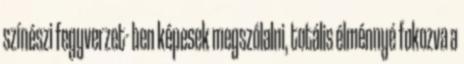
színészi fegyverzet- ben képesek megszólalni, totális élménnyé fokozva a